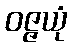
ဝဇ္ဇယုံ